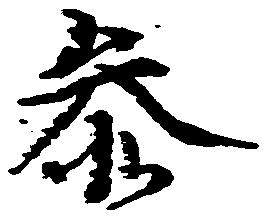
参